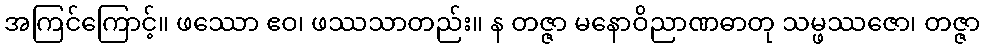
အကြင်ကြောင့်။ ဖဿော ဧဝ၊ ဖဿသာတည်း။ န တဇ္ဇာ မနောဝိညာဏဓာတု သမ္ဖဿဇော၊ တဇ္ဇာ